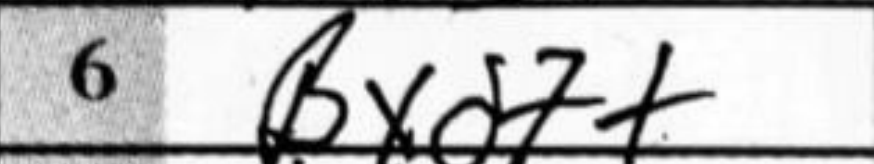
Transcription: Bxd7+